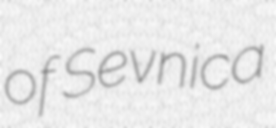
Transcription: of Sevnica